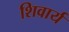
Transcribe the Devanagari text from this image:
शिवार्य